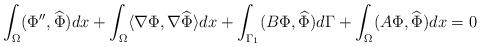
LaTeX: \begin{align*}\int_\Omega (\Phi'', \widehat \Phi)dx + \int_\Omega \langle \nabla\Phi, \nabla \widehat \Phi\rangle dx+\int_{\Gamma_1}(B\Phi, \widehat \Phi)d\Gamma +\int_\Omega (A\Phi, \widehat \Phi)dx =0 \end{align*}